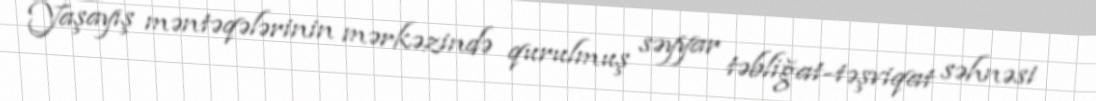
Yaşayış məntəqələrinin mərkəzində qurulmuş səyyar təbliğat-təşviqat səhnəsi